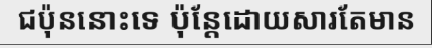
ជប៉ុននោះទេ ប៉ុន្តែដោយសារតែមាន